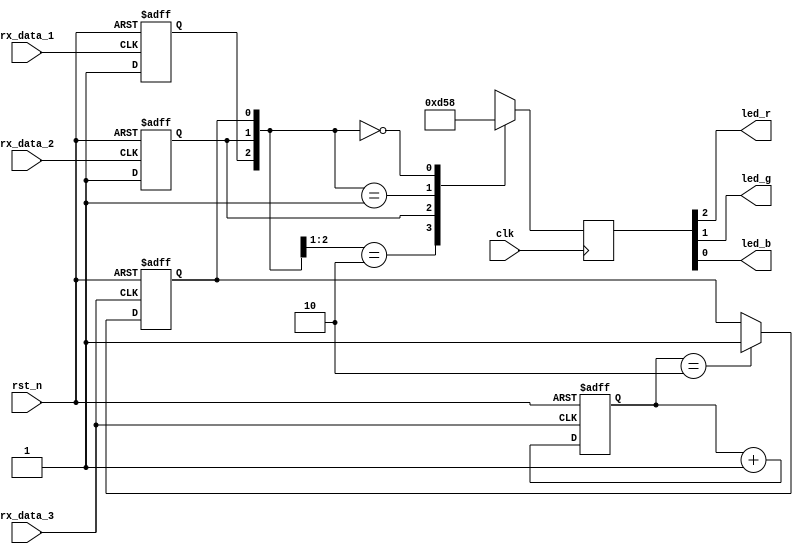
module rgb_tx
(     
      input         clk,
      input         rst_n,   //
      input         rx_data_1,//
      input         rx_data_2,//
      input         rx_data_3,//
      output        led_r,
      output        led_g,
      output        led_b
      );
                   
 reg [2:0] led_rgb;     
 
 reg [3:0] count;
 reg [2:0] wei;
 
 always @ (negedge rx_data_3 or negedge rst_n )
begin 
	if(!rst_n)  
	
	begin 
	wei[0]<=1'b0;
	count<=0;
	end
	else 
	    begin
	
	    count<=count+4'b0001;
	    if(count==2) 
             begin
             
             wei[0]<=1'b1;
	    end
	   
	
	end
	
end 

always @(negedge rx_data_1 or negedge rst_n )
begin

      
       if(!rst_n)wei[2]<=1'b0;
        else  wei[2]<=1'b1;
        
end

always @(negedge rx_data_2 or negedge rst_n )
begin
        
       if(!rst_n)wei[1]<=1'b0;
         else wei[1]<=1'b1;
        

end



 
  always @ (posedge clk )
begin 
    
	casez (wei)	
	3'b10?:
	      begin
              led_rgb<=3'b110;	      //blue
	      end
	
	3'b?1?:
	       begin
              led_rgb<=3'b101;	       //green
	      end
	3'b001:
	        begin
              led_rgb<=3'b011;	      //red
	      end
	
	3'b000:
	      begin
	         led_rgb<=3'b000;      //
	      end
	
	
	endcase
	
	
end 
 
 
 
 
 
 
 
 
 
 
 
 
 

assign led_r = led_rgb[2];
assign led_g =led_rgb[1];
assign led_b = led_rgb[0];


endmodule